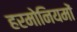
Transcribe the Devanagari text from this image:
हरमोनियमों